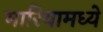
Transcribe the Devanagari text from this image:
मारियामध्ये